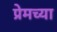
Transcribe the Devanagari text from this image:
प्रेमच्या